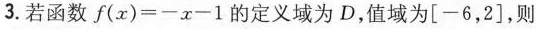
3.若函数f(x)=-x-1的定义域为D，值域为[-6，2]，则